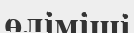
өліміші